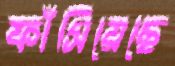
ফাঁসিয়েছে